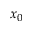
x _ { 0 }